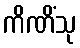
ကိဏိံသု